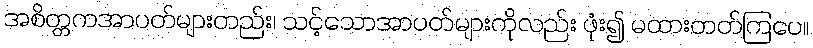
အစိတ္တကအာပတ်များတည်း၊ သင့်သောအာပတ်များကိုလည်း ဖုံး၍ မထားတတ်ကြပေ။